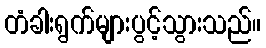
တံခါးရွက်များပွင့်သွားသည်။